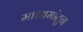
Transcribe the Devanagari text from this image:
माध्यमांतुन